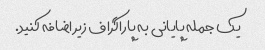
یک جمله پایانی به پاراگراف زیر اضافه کنید.